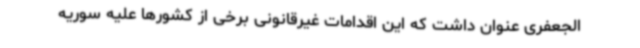
الجعفری عنوان داشت که این اقدامات غیرقانونی برخی از کشورها علیه سوریه